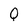
Character: Q